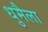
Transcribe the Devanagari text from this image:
धुमैला